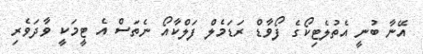
އޭނާ ބުނީ އެތުލެޓިކޯގެ ފޯވާޑް ރަޑަމެލް ފަލްކާއޯ ނެތަސް އެ ޓީމަކީ ވާދަވެރި